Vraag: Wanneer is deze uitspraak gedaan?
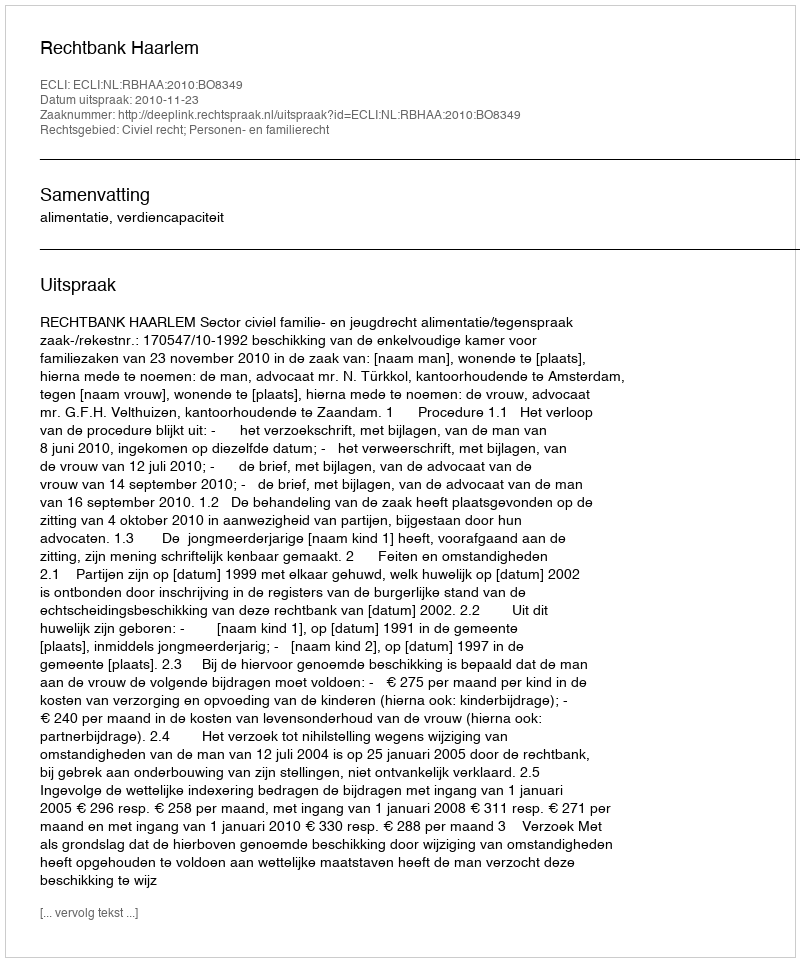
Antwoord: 2010-11-23